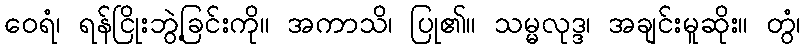
ဝေရံ၊ ရန်ငြိုးဘွဲ့ခြင်းကို။ အကာသိ၊ ပြု၏။ သမ္မလုဒ္ဒ၊ အချင်းမူဆိုး။ တွံ၊